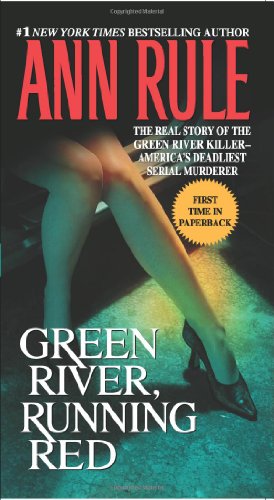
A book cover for Green River, Running Red: The Real Story of the Green River Killer--America's Deadliest Serial Murderer; Ann Rule; Biographies & Memoirs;